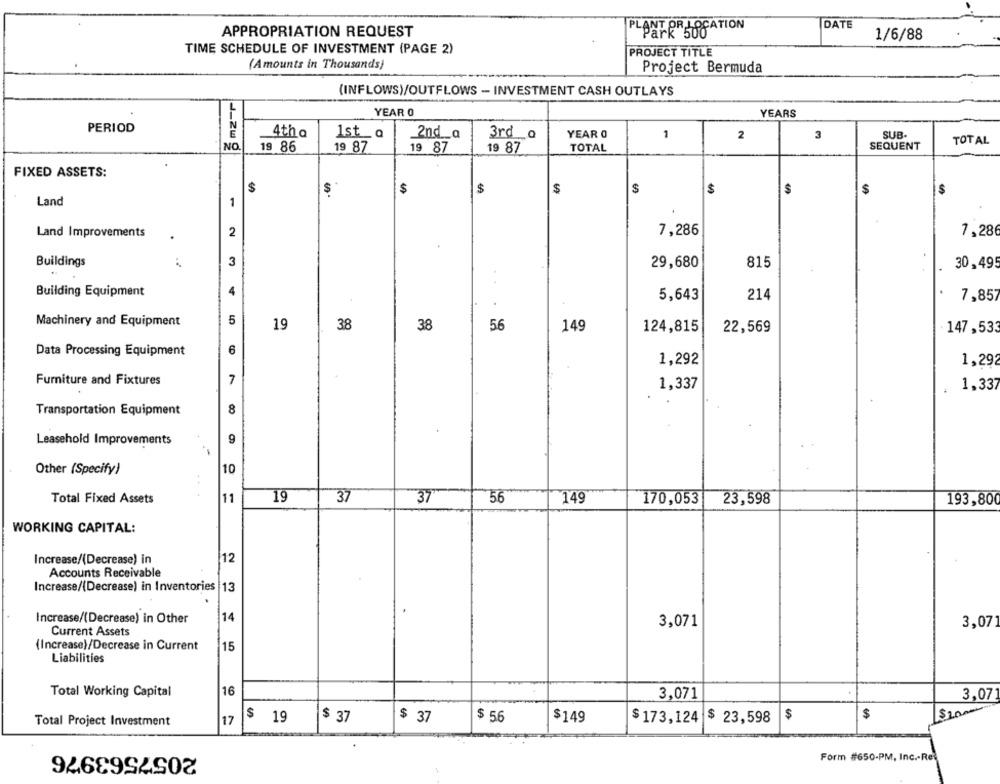
APPROPRIATION REQUEST
ParkROGATION
DATE
1/6/88
TIME SCHEDULE OF INVESTMENT (PAGE 2)
PROJECT TITLE
(Amounts in Thousands)
Project Bermuda
(INFLOWS)/OUTFLOWS - INVESTMENT CASH OUTLAYS
YEAR 0
YEARS
PERIOD
4th a
1st_a
YEAR O
SUB.
2nd_a
3rd __ o
1
2
3
TOTAL
J_zu g
19 86
19 87
19 87
19 87
TOTAL
SEQUENT
FIXED ASSETS:
$
$
$
$
$
$
$
$
$
$
Land
Land Improvements
2
7,286
7,28
Buildings
3
29,680
815
30,49
Building Equipment
4
5,643
214
7,85
Machinery and Equipment
5
19
38
38
56
149
124,815
22,569
147,533
Data Processing Equipment
6
1,292
1,29
Furniture and Fixtures
7
1,337
1,337
Transportation Equipment
8
Leasehold Improvements
9
Other (Specify)
10
Total Fixed Assets
11
19
37
37
56
149
170,053
23,598
193,800
WORKING CAPITAL:
12
Increase/(Decrease) in
Accounts Receivable
Increase/(Decrease) in Inventories |13
Increase/(Decrease) in Other
14
3,071
3,071
Current Assets
(Increase)/Decrease in Current
15
Liabilities
16
Total Working Capital
3,071
3,07
$100
Total Project Investment
17
$ 19
$ 37
$ 37
$ 56
$149
$ 173,124
$ 23,598
$
$
2057563976
Form #650-PM, Inc .- Rei